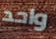
واحد